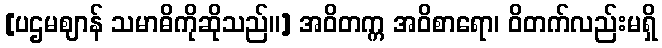
[ပဌမဈာန် သမာဓိကိုဆိုသည်။] အဝိတက္က အဝိစာရော၊ ဝိတက်လည်းမရှိ